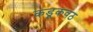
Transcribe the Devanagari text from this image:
कडूकवठ